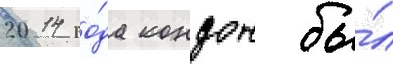
2014 го́да кондон бы́л